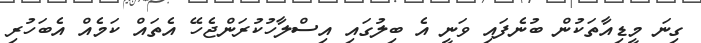
ގިނަ މީޑިއާތަކުން ބުނެފައި ވަނީ އެ ބިލުގައި އިސްލާހުކުރަންޖެހޭ އެތައް ކަމެއް އެބަހުރި